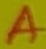
Text: A